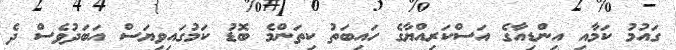
ގައުމު ކަމާއި އިންޑިއާގެ އަސްކަރިއްޔާގެ ހައިބަތު ކިތަންމެ ބޮޑު ކަމުގައިވިޔަސް އަބަދުވެސް ދެ